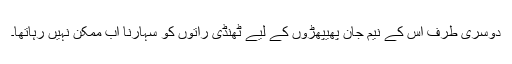
دوسری طرف اس کے نیم جان پھیپھڑوں کے لیے ٹھنڈی راتوں کو سہارنا اب ممکن نہیں رہاتھا۔